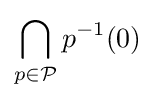
\bigcap _{p\in {\mathcal {P}}}p^{-1}(0)